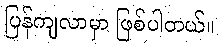
ပြန်ကျလာမှာ ဖြစ်ပါတယ်။